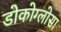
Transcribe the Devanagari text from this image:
डोकोग्लोसा